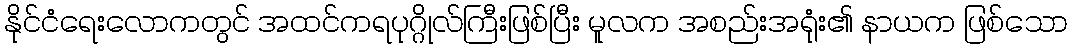
နိုင်ငံရေးလောကတွင် အထင်ကရပုဂ္ဂိုလ်ကြီးဖြစ်ပြီး မူလက အစည်းအရုံး၏ နာယက ဖြစ်သော